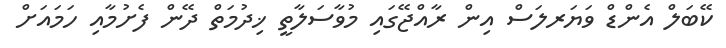
ކޭބަލް އެންޑް ވަޔަރލަސް އިން ރާއްޖޭގައި މުވާސަލާތީ ޚިދުމަތް ދޭން ފެށުމާއި ހަމައަށް